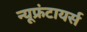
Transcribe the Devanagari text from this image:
न्यूफ्रंटायर्स